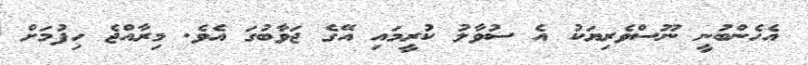
އެހެންބުނީ ނޫސްވެރިޔަކު އެ ސުވާލު ކުރީމައި އޭގެ ޖަވާބުގަ އެވެ. މިރާއްޖެ ހިފުމަށް